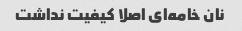
نان خامه‌ای اصلا کیفیت نداشت